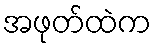
အဖုတ်ထဲက